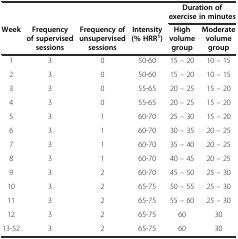
|  |  |  |  | <COLSPAN=2> Duration of exercise in minutes |
 | Week | Frequency of supervised sessions | Frequency of unsupervised sessions | Intensity (% HRR1) | High volume group | Moderate volume group |
 | --- | --- | --- | --- | --- | --- |
 | 1 | 3 | 0 | 50-60 | 15 – 20 | 10 – 15 |
 | 2 | 3 | 0 | 50-60 | 15 – 20 | 10 – 15 |
 | 3 | 3 | 0 | 55-65 | 20 – 25 | 15 – 20 |
 | 4 | 3 | 0 | 55-65 | 20 – 25 | 15 – 20 |
 | 5 | 3 | 1 | 60-70 | 25 – 30 | 15 – 20 |
 | 6 | 3 | 1 | 60-70 | 30 – 35 | 20 – 25 |
 | 7 | 3 | 1 | 60-70 | 35 – 40 | 20 – 25 |
 | 8 | 3 | 1 | 60-70 | 40 – 45 | 20 – 25 |
 | 9 | 3 | 2 | 60-70 | 45 – 50 | 25 – 30 |
 | 10 | 3 | 2 | 65-75 | 50 – 55 | 25 – 30 |
 | 11 | 3 | 2 | 65-75 | 55 – 60 | 25 – 30 |
 | 12 | 3 | 2 | 65-75 | 60 | 30 |
 | 13-52 | 3 | 2 | 65-75 | 60 | 30 |